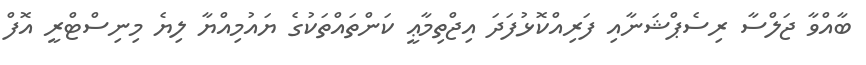
ބާއްވާ ޖަލްސާ ރިސެޕްޝަނާއި ފަރިއްކޮޅުފަދަ އިޖްތިމާޢީ ކަންތައްތަކުގެ ޔައުމިއްޔާ ލިޔެ މިނިސްޓްރީ އޮފް